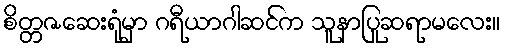
စိတ္တဇဆေးရုံမှာ ဂရီယာဂါဆင်က သူနာပြုဆရာမလေး။